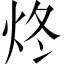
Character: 炵